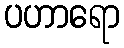
ပဟာရော